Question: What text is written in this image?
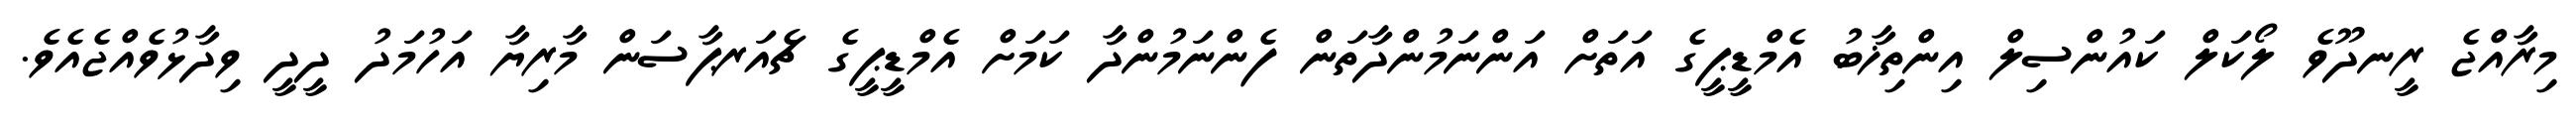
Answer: މިރާއްޖެ ރީނދޫވެ ލޯކަލް ކައުންސިލް އިންތިޚާބު އެމްޑީޕީގެ އަތަށް އަންނަމުންދާތަން ފެންނަމުންދާ ކަމަށް އެމްޑީޕީގެ ޗެއަރޕާސަން މާރިޔާ އަހުމަދު ދީދީ ވިދާޅުވެއްޖެއެވެ.